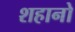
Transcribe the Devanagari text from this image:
शहानो